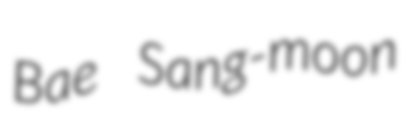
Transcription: Bae Sang-moon